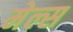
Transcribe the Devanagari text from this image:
मेल्स